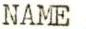
NAME